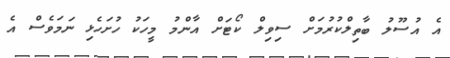
އެ އުސޫލު ބާތިލްކުރުމަށް ސިވިލް ކޯޓަށް އާންމު މީހަކު ހުށަހެޅި ނަމަވެސް އެ